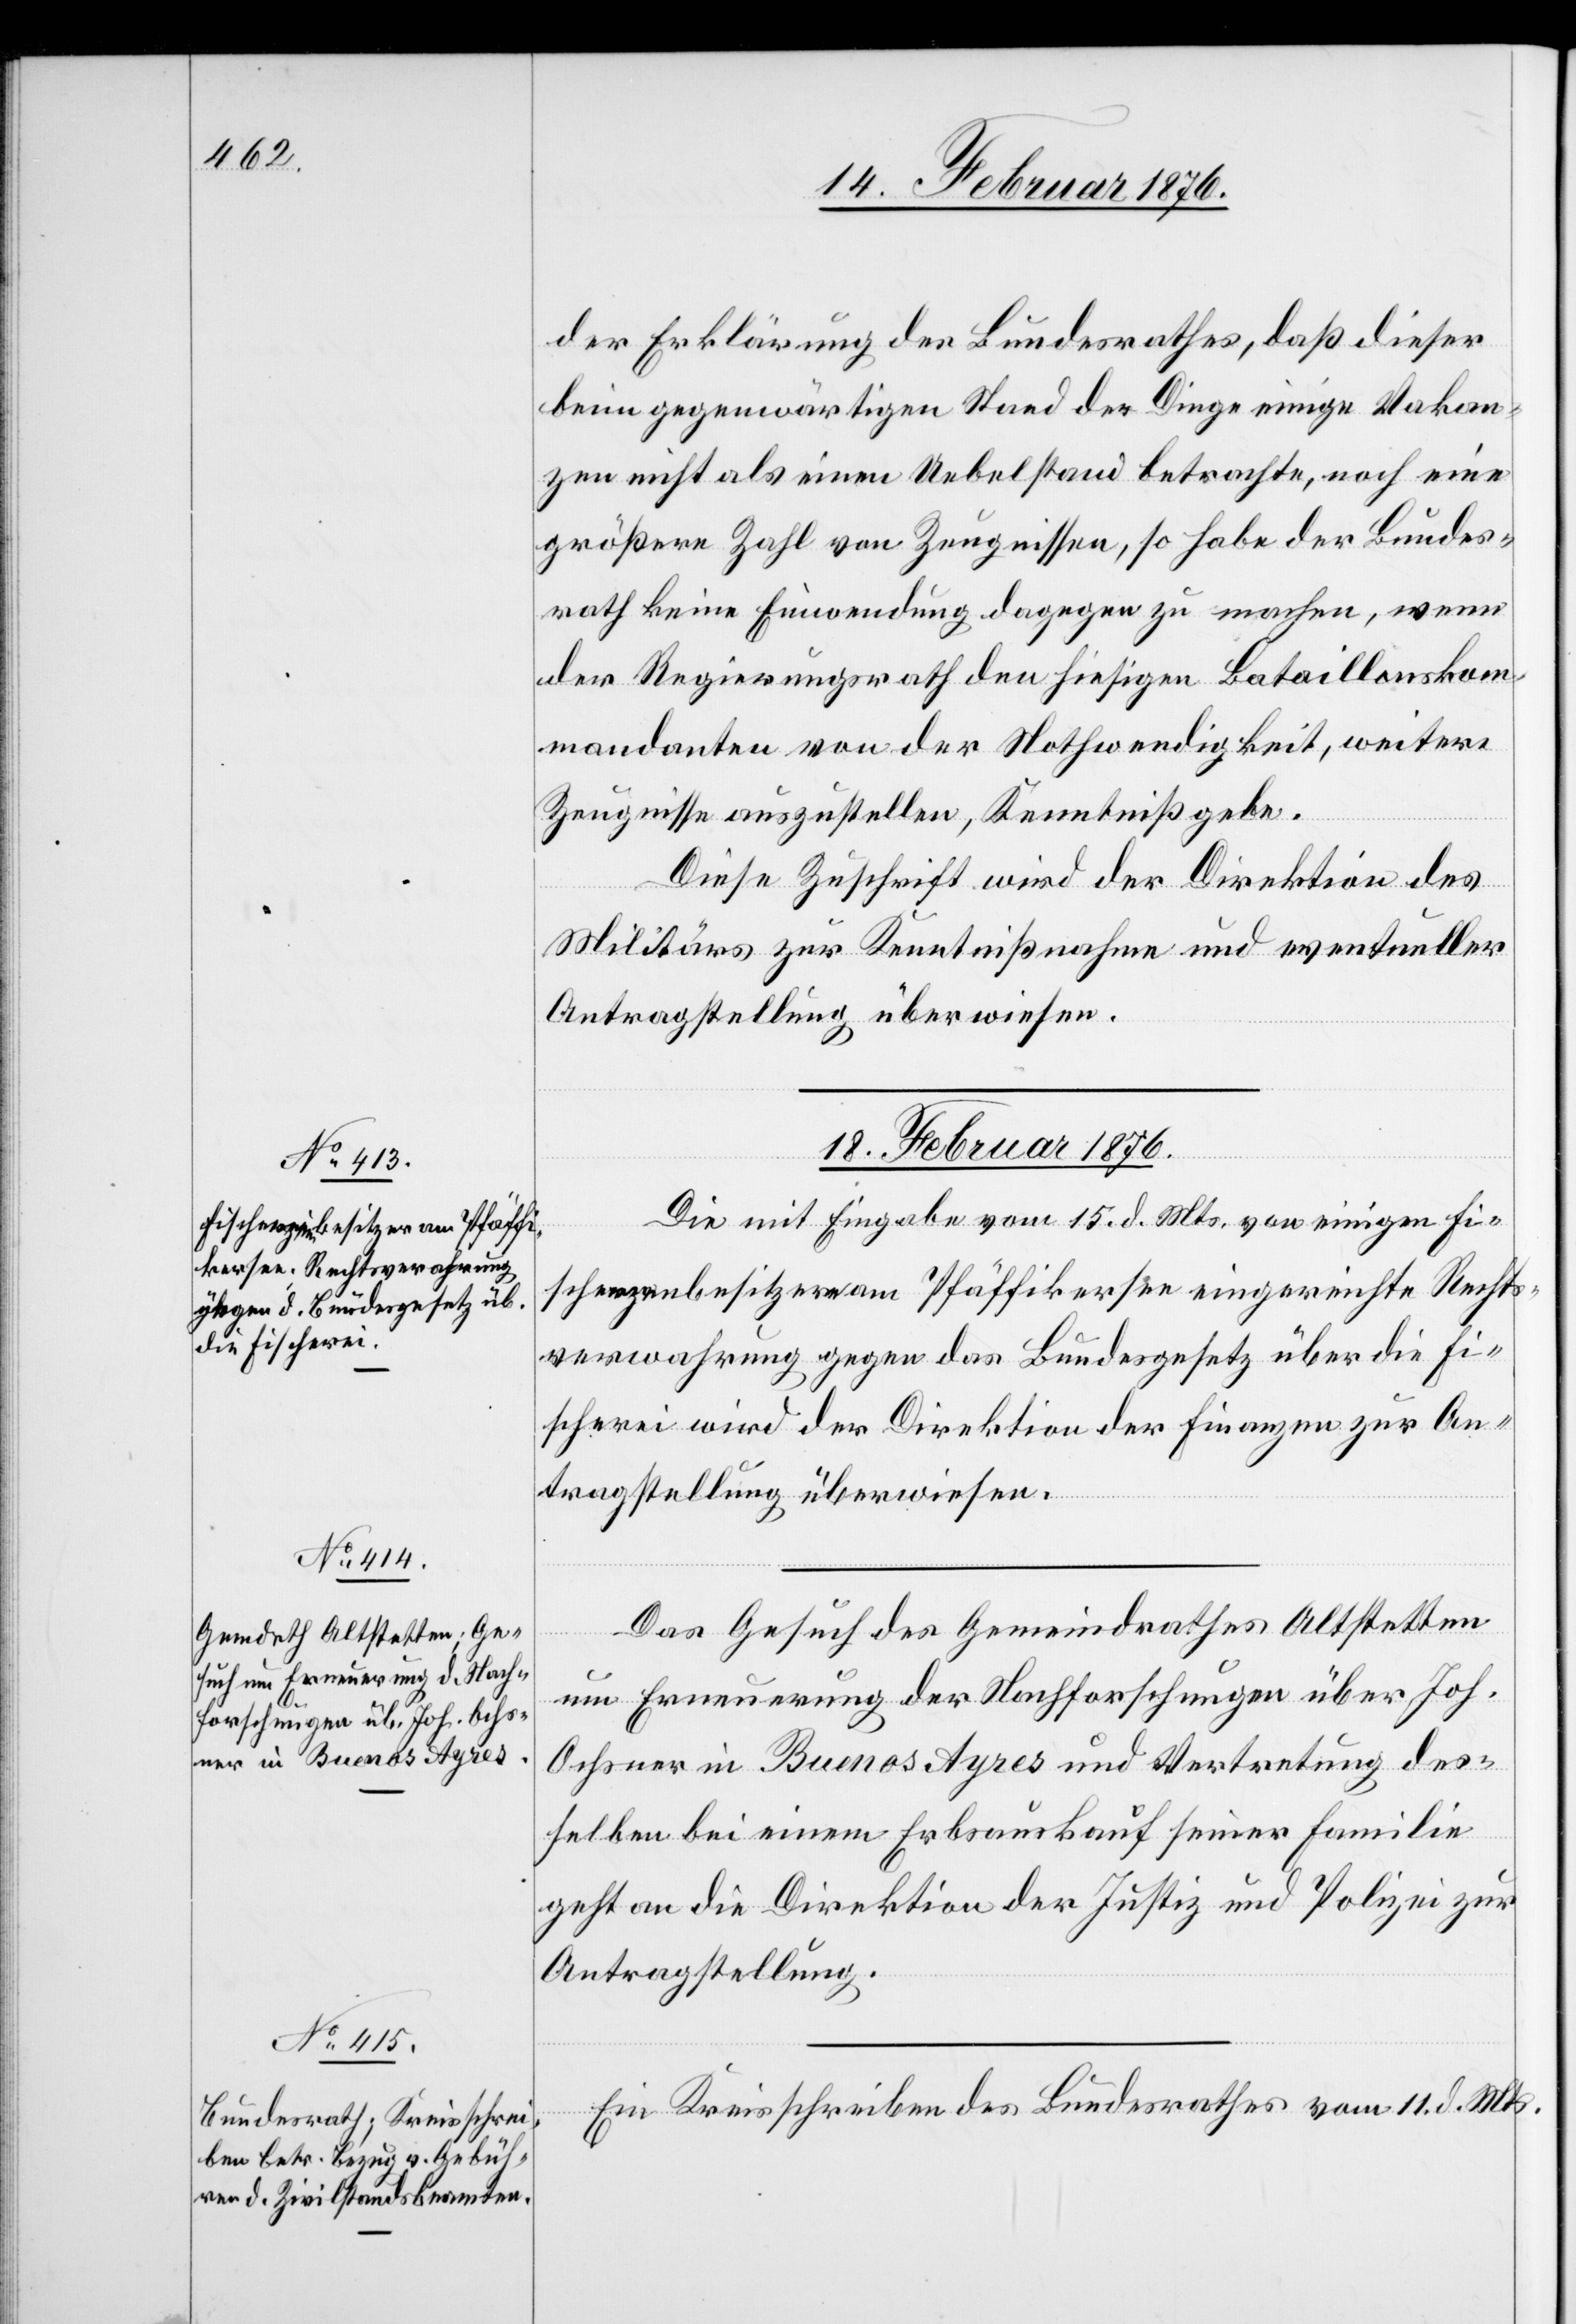
18. Februar 1876.]
der Erklärung des Bundesrathes, daß dieser
beim gegenwärtigen Stand der Dinge einige Vakan¬
zen nicht als einen Uebelstand betrachte, noch eine
größere Zahl von Zeugnissen, so habe der Bundes¬
rath keine Einwendung dagegen zu machen, wenn
der Regierungsrath den hiesigen Bataillonskom¬
mandanten von der Nothwendigkeit, weitere
Zeugnisse auszustellen, Kenntniß gebe.
Diese Zuschrift wird der Direktion des
Militärs zur Kenntnißnahme und eventueller
Antragstellung überwiesen.
18. Februar 1876.
Die mit Eingabe vom 15. d. Mts. von einigen Fi¬
schenzenbesitzern am Pfäffikersee eingereichte Rechts¬
verwahrung gegen das Bundesgesetz über die Fi¬
schrei wird der Direktion der Finanzen zur An¬
tragstellung überwiesen.
Das Gesuch des Gemeindrathes Altstetten
um Erneuerung der Nachforschungen über Joh.
Ochsner in Buenos Ayres und Vertretung des¬
selben bei einem Erbauskauf seiner Familie
geht an die Direktion der Justiz und Polizei zur
Antragstellung.
Ein Kreisschreiben des Bundesrathes vom 11. d. Mts.